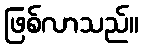
ဖြစ်လာသည်။